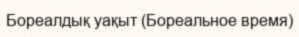
Бореалдық уақыт (Бореальное время)